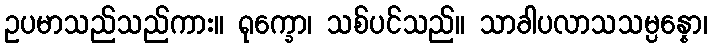
ဥပမာသည်သည်ကား။ ရုက္ခော၊ သစ်ပင်သည်။ သာခါပလာသသမ္ပန္နော၊